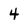
Character: 4